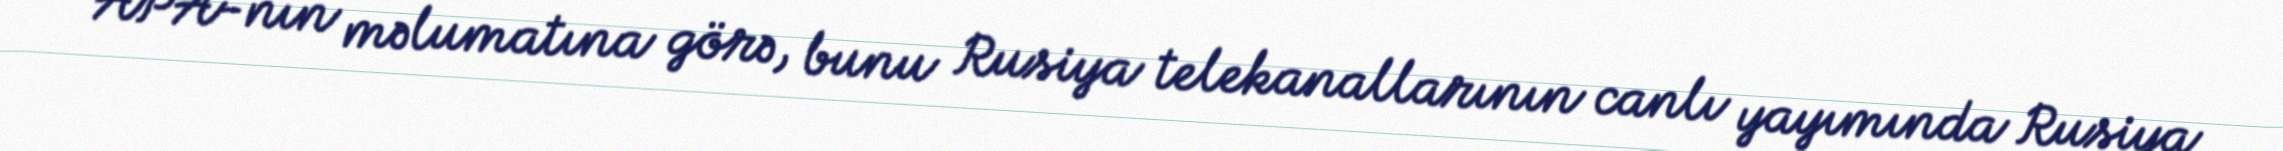
APA-nın məlumatına görə, bunu Rusiya telekanallarının canlı yayımında Rusiya